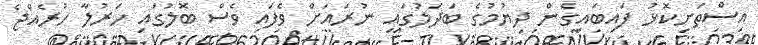
އިސްތަށިކޮޅު ފައިބައިގެން ދިޔުމުގެ ބަދަލުގައި ނުރައަށް ވެފައި ވެސް ބޮލުގައި ހަރުލާ ހުރެއްޖެ